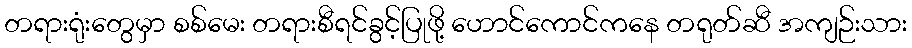
တရားရုံးတွေမှာ စစ်မေး တရားစီရင်ခွင့်ပြုဖို့ ဟောင်ကောင်ကနေ တရုတ်ဆီ အကျဉ်းသား